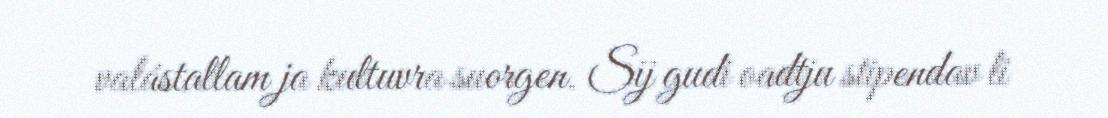
valástallam ja kultuvra suorgen. Sij gudi oadtju stipendav li